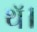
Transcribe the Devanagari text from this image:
थॅ।